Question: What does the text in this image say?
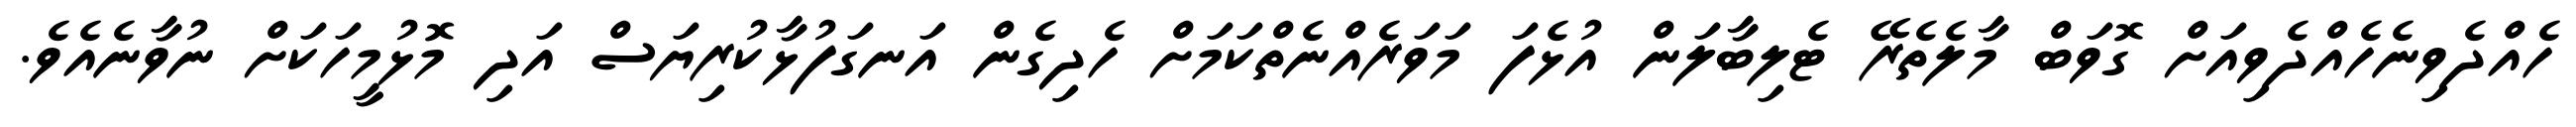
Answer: ހެއްދެވިނެހެއްދެވިއަށް ގޮވަބް މާލެތެރޭ ޓެލިބާލަން އުޅެފަ މަވަރެއްނެތްކަމަށް ހެދިގެން އަނގަފުޅާކުރިޔަސް އަދި މޮޅުމީހަކަށް ނުވާނެއެވެ.